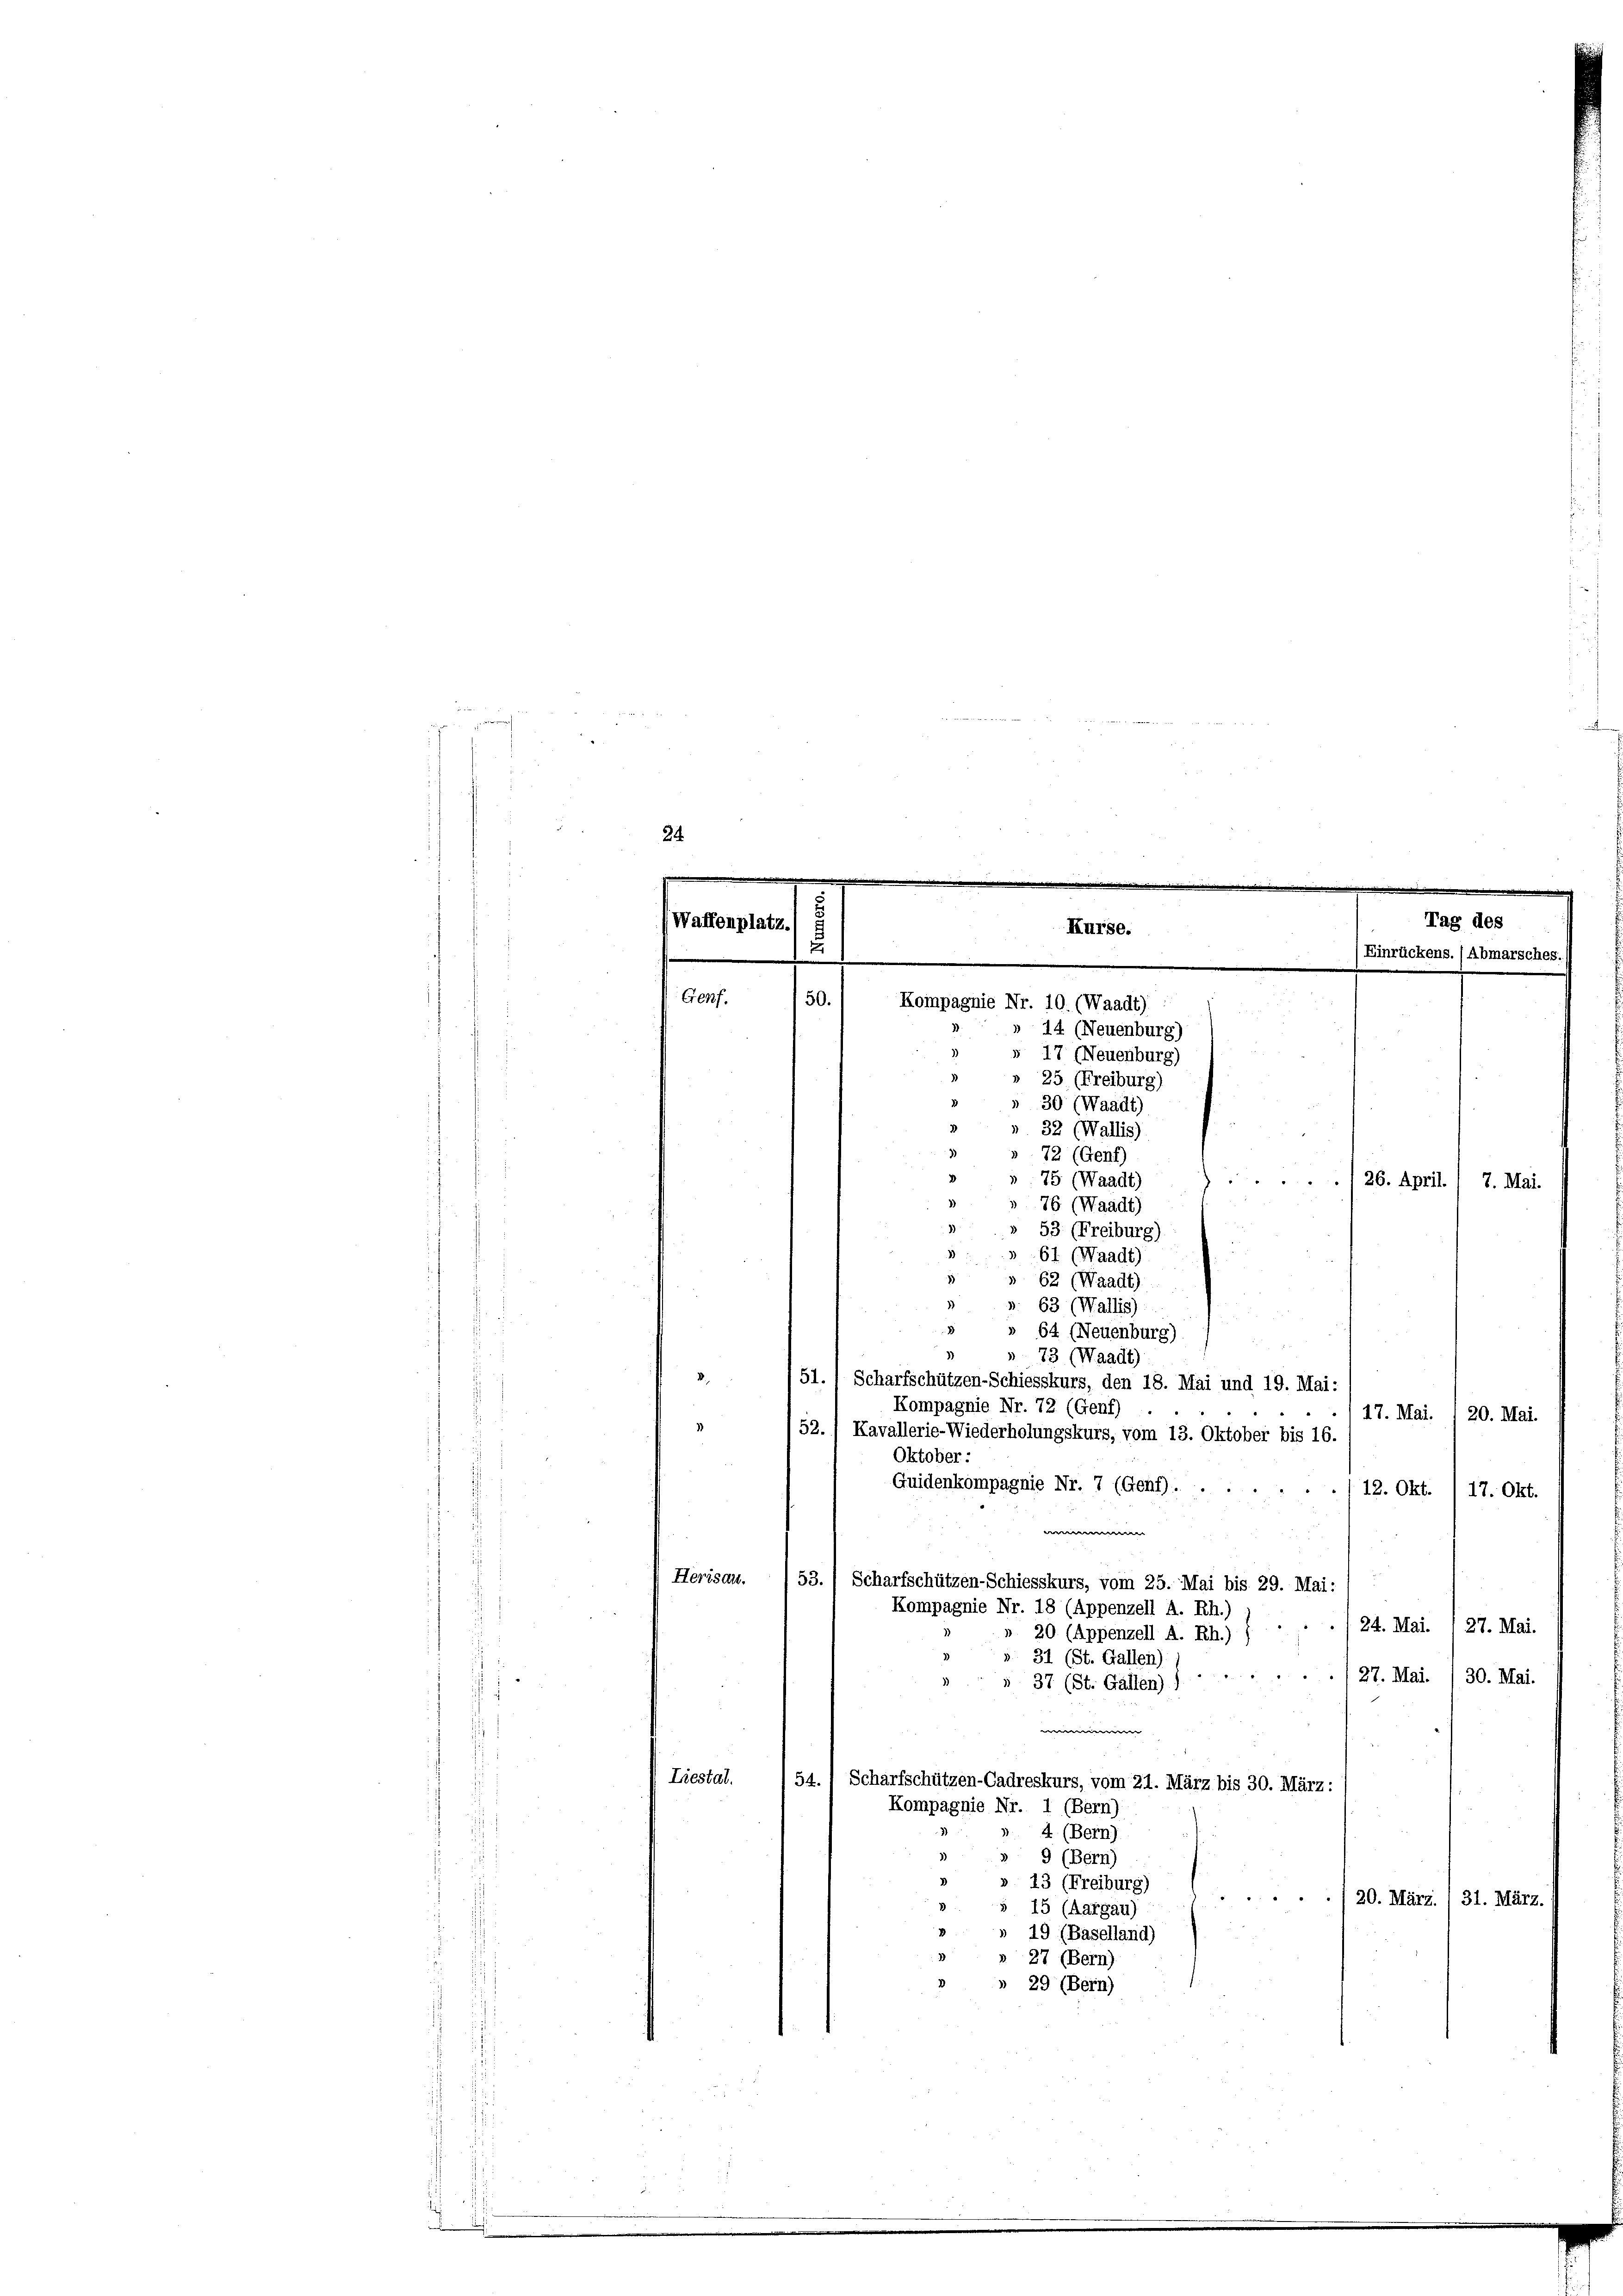
r
d

24

Waffenplatz.

50.
Kompagnie Nr. 10. (Waadt)
72 (Genf)
75 (Waadt)
7. Mai.
76 (Waadt)
)
 53 (Freiburg)
1
61 (Waadt)
5» 62 (Waadt)
». 63 (Wallis)
2
 64 (Neuenburg)
» 73 (Waadt)
51.  Scharfschützen-Schiesskurs, den 18. Mai und 19. Mai:
Kompagnie Nr. 72 (Genf)
17. Mai. 1 20. Mai.
52.) Kavallerie-Wiederholungskurs, vom 13. Oktober bis 16.
Oktober:
Guidenkompagnie Nr. 7 (Genf).
12. Okt.
17. Okt.

Herisau.
53.) Scharfschützen-Schiesskurs, vom 25. Mai bis 29. Mai:
Kompagnie Nr. 18 (Appenzell A. Rh.) ) .
24. Mai. 1 27. Mai.
» 20 (Appenzell A. Rh.) (
31 (St. Gallen)
"
27. Mai. /30. Mai.
37 (St. Gallen)

Liestal.
54. " Scharfschützen-Cadreskurs, vom 21. März bis 30. März:
Kompagnie Nr. 1 (Bern):
4 (Bern)
» 9 (Bern)
2
» 13 (Freiburg)
20. März. I 31. März.
3
s 15 (Aargau)
» 19 (Baselland)
» 27 (Bern)
 29 (Bern)

Genf.

Kurse.

14 (Neuenburg)
» 17 (Neuenburg)
» 25 (Freiburg)
30 (Waadt)
 32 (Wallis)

./26. April.

Tag d.
ckens. (A